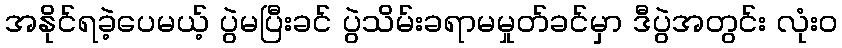
အနိုင်ရခဲ့ပေမယ့် ပွဲမပြီးခင် ပွဲသိမ်းခရာမမှုတ်ခင်မှာ ဒီပွဲအတွင်း လုံးဝ